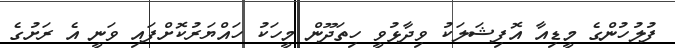
ފުލުހުންގެ މީޑިއާ އޮފިޝަލަކު ވިދާޅުވީ ހިތަދޫން މީހަކު ހައްޔަރުކޮށްފައި ވަނީ އެ ރަށުގެ